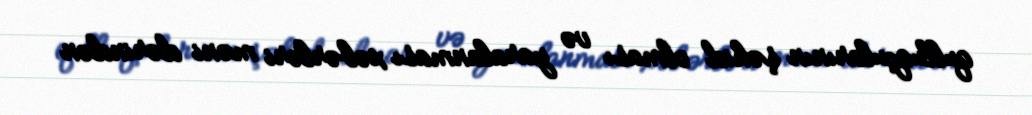
qulluqçularının şəhid olması və yaralanması xəbərləri məni dərindən